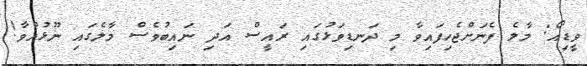
ވީޑިއޯ: މާލެ ފެނަށްޖެހިފައިވާ މި ދަނޑިވަޅުގައި ރައީސް އަދި ނައިބުވެސް މާލެގައި ނޫޅުއްވާ!